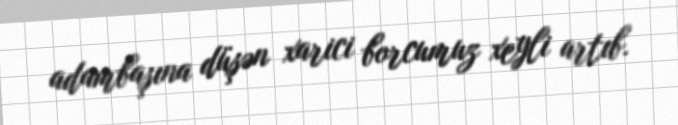
adambaşına düşən xarici borcumuz xeyli artıb.